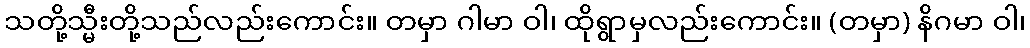
သတို့သ္မီးတို့သည်လည်းကောင်း။ တမှာ ဂါမာ ဝါ၊ ထိုရွာမှလည်းကောင်း။ (တမှာ) နိဂမာ ဝါ၊